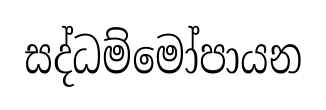
සද්ධම්මෝපායන